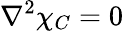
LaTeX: \nabla^{2}\chi_{C}=0